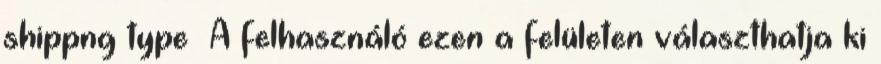
shippng type A felhasználó ezen a felületen választhatja ki